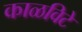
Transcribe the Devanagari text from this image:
काळविटे